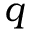
q